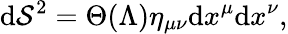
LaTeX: \mathrm{d}\mathcal{S}^{2}=\Theta(\Lambda)\eta_{\mu\nu}\mathrm{d}x^{\mu}\mathrm{d}x^{\nu},